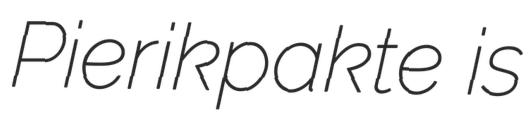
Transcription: Pierikpakte is